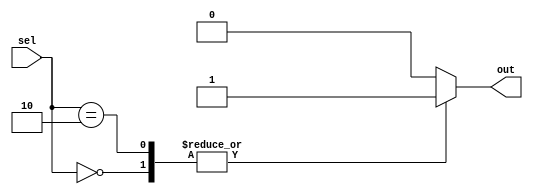
module CaseStatementExample (
    input wire [2:0] sel,
    output reg out
);

initial begin
    case(sel)
        3'b000: out = 1; // If sel is 000, set out to 1
        3'b001: out = 0; // If sel is 001, set out to 0
        3'b010: out = 1; // If sel is 010, set out to 1
        3'b011: out = 0; // If sel is 011, set out to 0
        default: out = 0; // For any other value, set out to 0
    endcase
end

endmodule